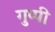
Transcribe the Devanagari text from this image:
गुप्पी